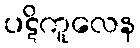
ပဋိကူလေန